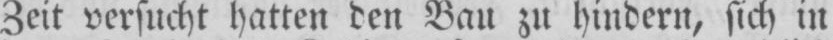
Zeit versucht hatten den Bau zu hindern, sich in